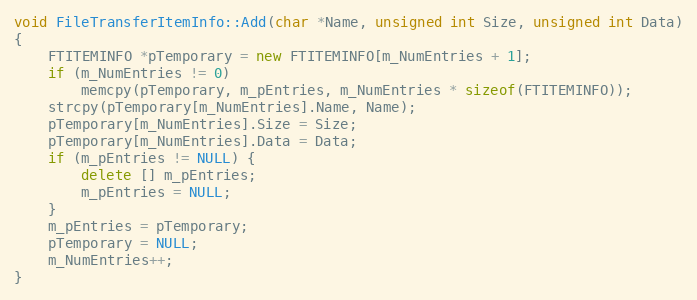
Language: C++
void FileTransferItemInfo::Add(char *Name, unsigned int Size, unsigned int Data)
{
	FTITEMINFO *pTemporary = new FTITEMINFO[m_NumEntries + 1];
	if (m_NumEntries != 0)
		memcpy(pTemporary, m_pEntries, m_NumEntries * sizeof(FTITEMINFO));
	strcpy(pTemporary[m_NumEntries].Name, Name);
	pTemporary[m_NumEntries].Size = Size;
	pTemporary[m_NumEntries].Data = Data;
	if (m_pEntries != NULL) {
		delete [] m_pEntries;
		m_pEntries = NULL;
	}
	m_pEntries = pTemporary;
	pTemporary = NULL;
	m_NumEntries++;
}